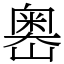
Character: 嶴